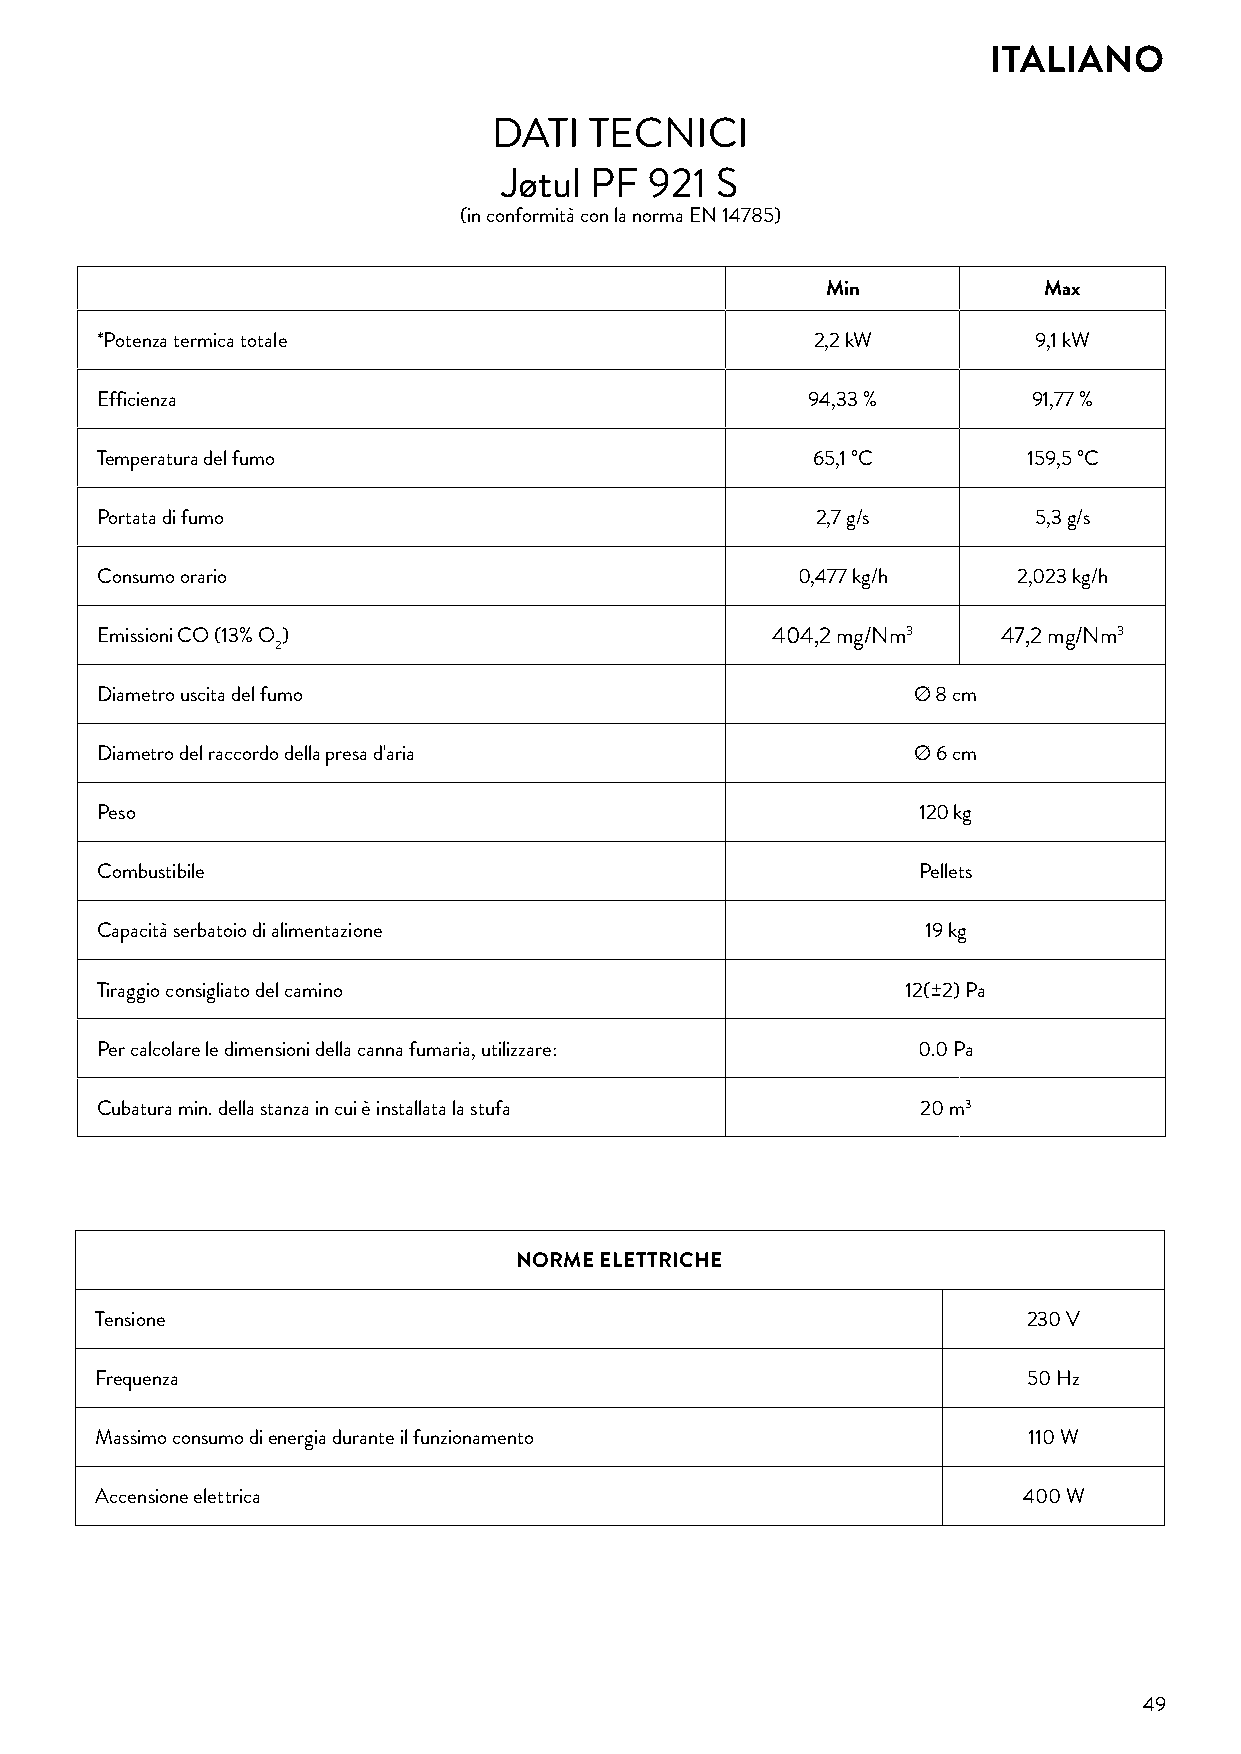
ITALIANO
 DATI  TECNICI
 Jøtul PF  921 S
 (in conformità con la norma EN 14785)
 Min           Max
 *Potenza termica totale                         2,2 kW         9,1 kW
 Efficienza                                     94,33 %        91,77 %
 Temperatura del fumo                            65,1 °C       159,5 °C
 Portata di fumo                                 2,7 g/s       5,3 g/s
 Consumo orario                                 0,477 kg/h    2,023 kg/h
 Emissioni CO (13% O )                        404,2 mg/Nm3   47,2 mg/Nm3
 2
 Diametro uscita del fumo                              Ø 8 cm
 Diametro del raccordo della presa d'aria              Ø 6 cm
 Peso                                                   120 kg
 Combustibile                                           Pellets
 Capacità serbatoio di alimentazione                    19 kg
 Tiraggio consigliato del camino                       12(±2) Pa
 Per calcolare le dimensioni della canna fumaria, utilizzare: 0.0 Pa
 Cubatura min. della stanza in cui è installata la stufa 20 m3
 NORME ELETTRICHE
 Tensione                                                      230 V
 Frequenza                                                     50 Hz
 Massimo consumo di energia durante il funzionamento           110 W
 Accensione elettrica                                          400 W
 49